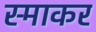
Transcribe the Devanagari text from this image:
स्‍माकर